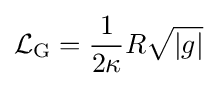
{\mathcal {L}}_{\mathrm {G} }={\frac {1}{2\kappa }}R{\sqrt {|g|}}